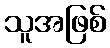
သူအဖြစ်